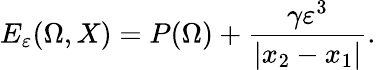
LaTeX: E_{\varepsilon}(\Omega,X)=P(\Omega)+\frac{\gamma\varepsilon^{3}}{|x_{2}-x_{1}|}.